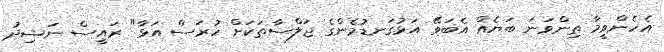
އެހެންވީމާ ތިންވަނަ ބަޔެއް އެބަވޭ އަޅުގަނޑުމެންގެ ޖަލްސާތަކަށް ހުރަސް އަޅާ" ރައީސް ނަޝިދު